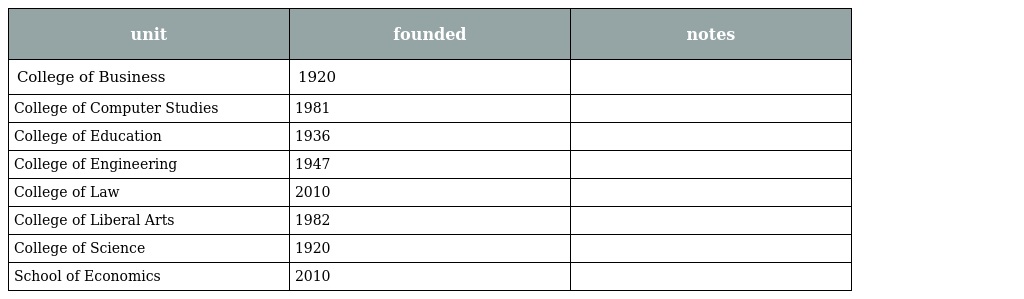
| unit | founded | notes |
 | --- | --- | --- |
 | College of Business | 1920 |  |
 | College of Computer Studies | 1981 |  |
 | College of Education | 1936 |  |
 | College of Engineering | 1947 |  |
 | College of Law | 2010 |  |
 | College of Liberal Arts | 1982 |  |
 | College of Science | 1920 |  |
 | School of Economics | 2010 |  |